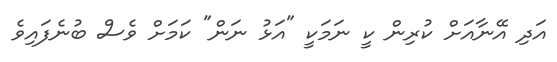
އަދި އޭނާއަށް ކުރިން ކީ ނަމަކީ "އަޅު ނަން" ކަމަށް ވެސް ބުނެފައިވެ